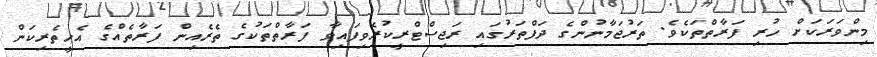
މިންވަރަކަށް ހުރި ފަރާތްތަކެވެ. ތަރުޖަމާނުންގެ ދަފްތަރުގައި ރަޖިސްޓްރީކުރެވިފައިވާ ފަރާތްތަކުގެ ތެރެއިން ފަރާތެއްގެ އެހީތެރިކަން